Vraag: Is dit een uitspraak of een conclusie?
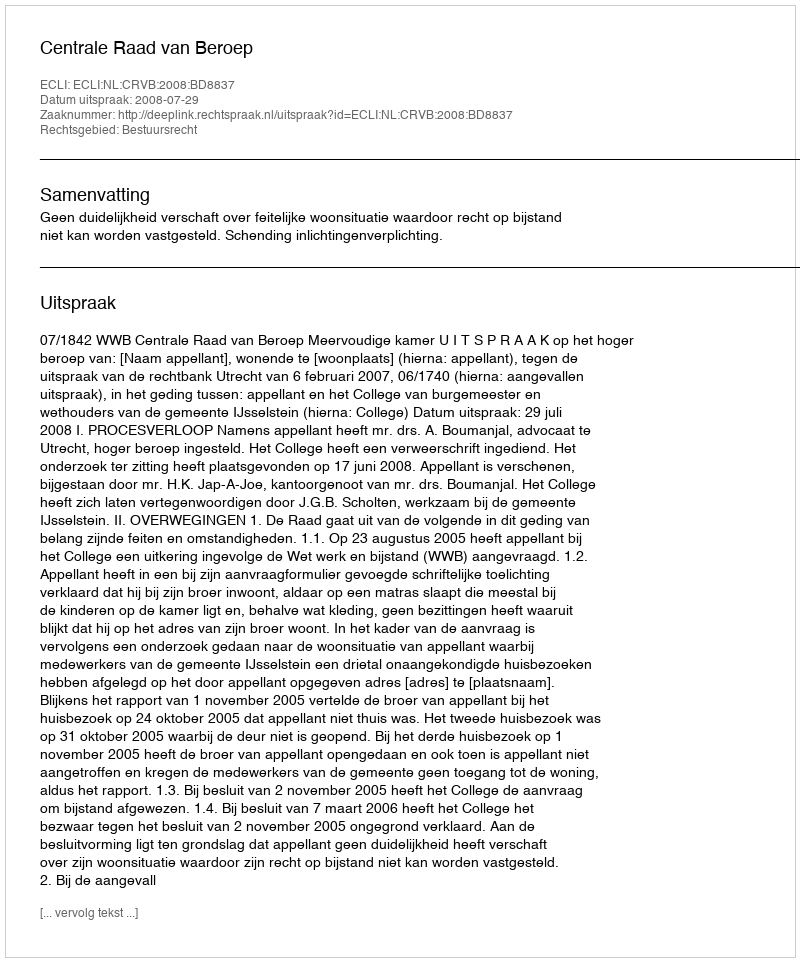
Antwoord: Uitspraak